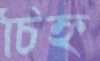
চিহ্ন